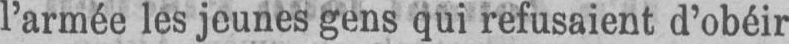
l’armée les jeunes gens qui refusaient d’obéir